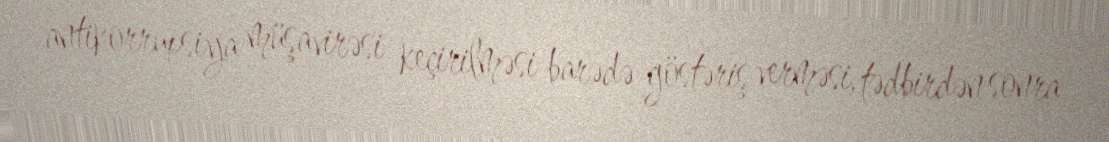
antikorrupsiya müşavirəsi keçirilməsi barədə göstəriş verməsi, tədbirdən sonra